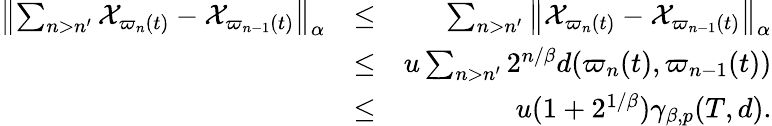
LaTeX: \begin{array}{rlr}{\left\Vert\sum_{n>n^{\prime}}\mathcal{X}_{\varpi_{n}(t)}-\mathcal{X}_{\varpi_{n-1}(t)}\right\Vert_{\alpha}}&{\leq}&{\sum_{n>n^{\prime}}\left\Vert\mathcal{X}_{\varpi_{n}(t)}-\mathcal{X}_{\varpi_{n-1}(t)}\right\Vert_{\alpha}}\\ &{\leq}&{u\sum_{n>n^{\prime}}2^{n/\beta}d(\varpi_{n}(t),\varpi_{n-1}(t))}\\ &{\leq}&{u(1+2^{1/\beta})\gamma_{\beta,p}(T,d).}\end{array}